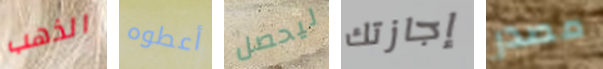
الذهب أعطوه ليحصل إجازتك مصدر